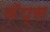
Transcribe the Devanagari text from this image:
कॅप्स